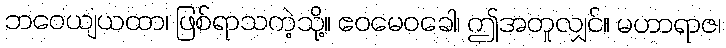
ဘဝေယျယထာ၊ ဖြစ်ရာသကဲ့သို့။ ဧဝမေဝခေါ၊ ဤအတူလျှင်။ မဟာရာဇ၊